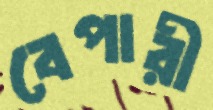
বেপারী